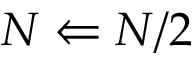
N \Leftarrow N / 2